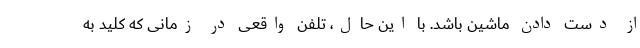
از دست دادن ماشین باشد. با این حال، تلفن واقعی در زمانی که کلید به